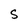
Character: S